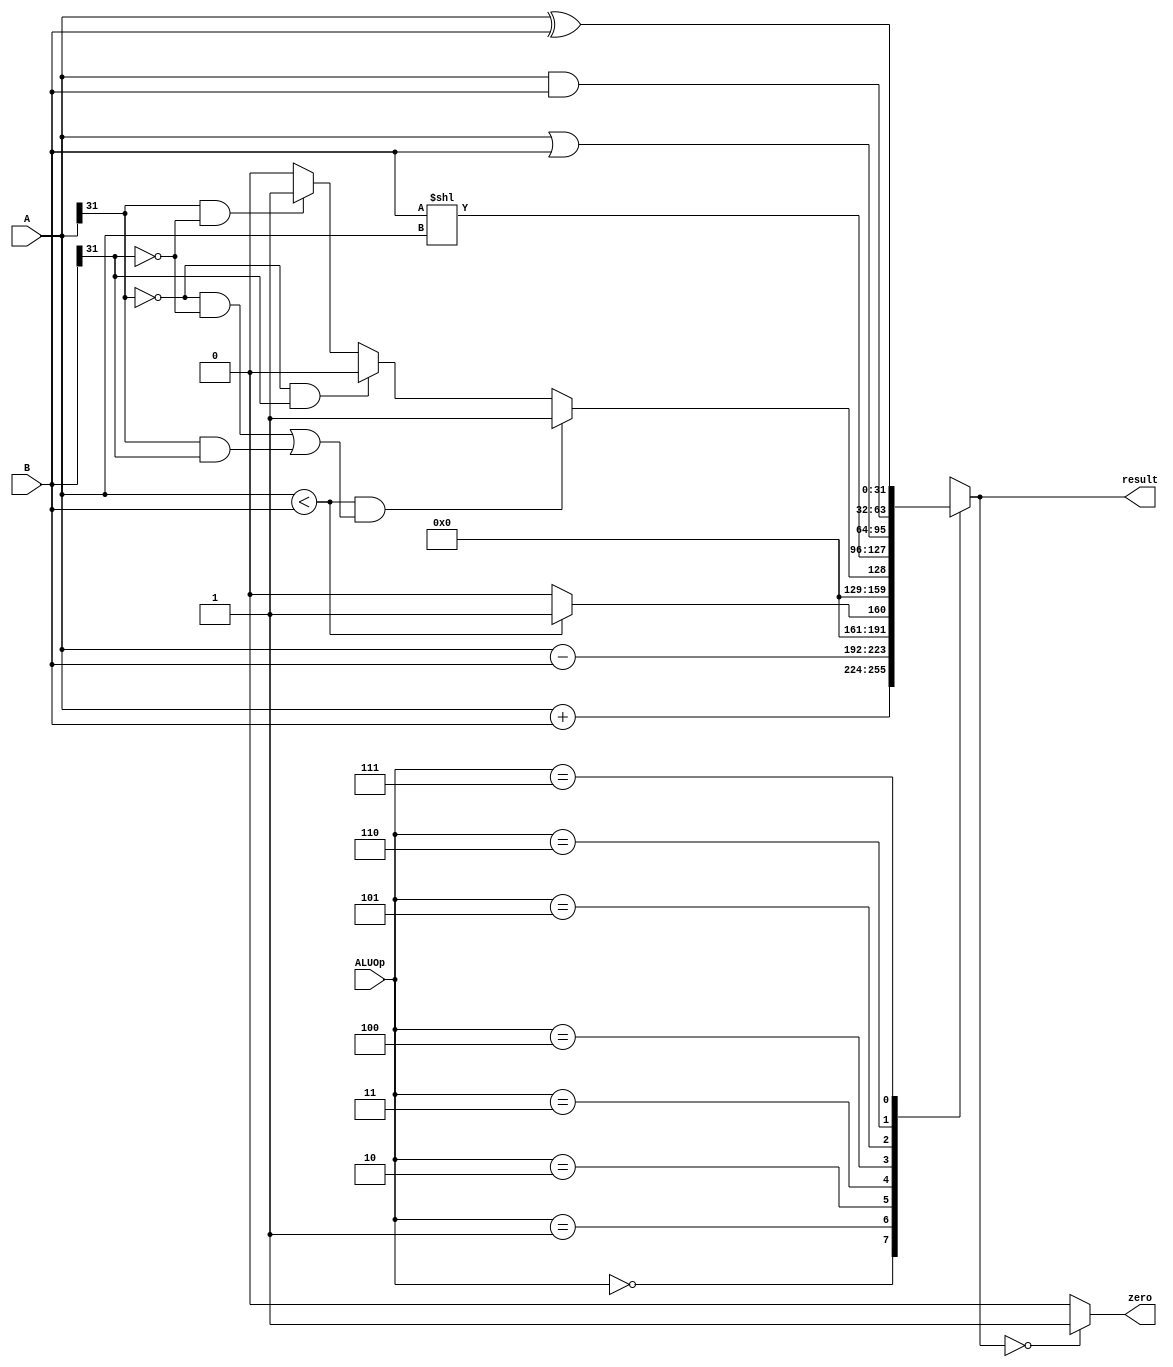
`timescale 1ns / 1ps
//////////////////////////////////////////////////////////////////////////////////
// Company: 
// Engineer: 
// 
// Design Name: 
// Module Name: ALU
// Project Name: 
// Target Devices: 
// Tool Versions: 
// Description: 
// 
// Dependencies: 
// 
// Revision:
// Revision 0.01 - File Created
// Additional Comments:
// 
//////////////////////////////////////////////////////////////////////////////////


module ALU(
    input[2:0] ALUOp,
    input[31:0] A,B,
    output zero,
    output reg[31:0]result
    );
    assign zero=(result==0)?1:0;
    always@(ALUOp or A or B)begin
       case(ALUOp)
        3'b000:result = A+B;
        3'b001:result = A-B;
        //A<B?
        3'b010:result = (A<B)?1:0;
        //AB
        3'b011:begin
            if(A<B && ((A[31]==0 && B[31]==0)||(A[31]==1&&B[31]==1)))
                result=1;
            else if(A[31]==0 && B[31]==1)
                result=0;
            else if(A[31]==1 && B[31]==0)
                result=1;
            else
                result=0;
       end     
       //BA
        3'b100:result = B<<A;
        3'b101:result = A|B;
        3'b110:result = A&B;
        //AB
        3'b111:result = A^B;
        endcase
     end
endmodule